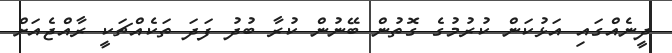
ދީނެއްގައި އަޅުކަން ކުރުމުގެ ގޮތުން ބޭނުން ކުރާ ބުދު ފަދަ ތަކެއްޗަކީ ރާއްޖެއަށް